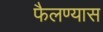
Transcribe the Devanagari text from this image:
फैलण्यास